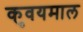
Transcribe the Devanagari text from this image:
कुवयमाल